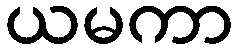
ယမကာ